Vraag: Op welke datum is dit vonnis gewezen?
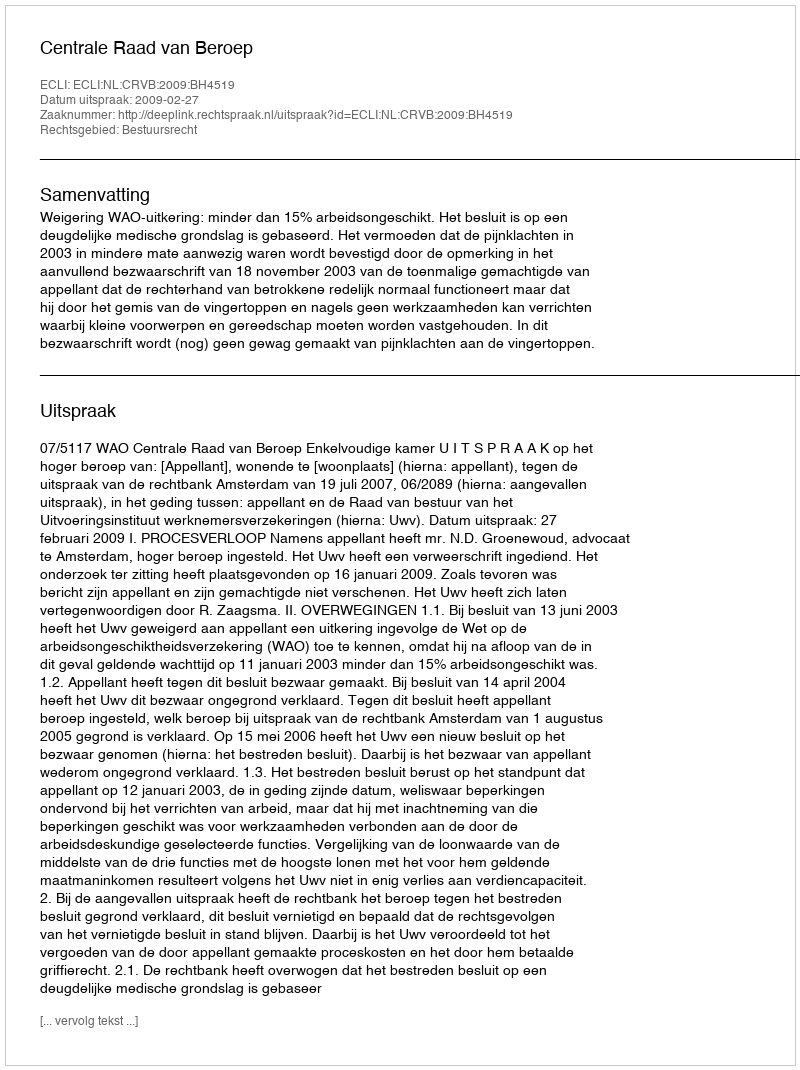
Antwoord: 2009-02-27